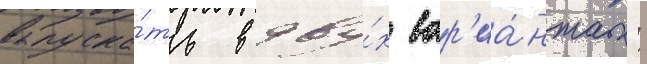
выпуска́ть в дву́х вар'иа́нтах: